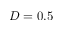
D = 0 . 5